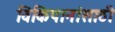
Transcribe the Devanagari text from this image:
विकिपानांसाठी